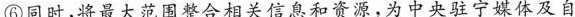
⑥同时，将最大范围整合相关信息和资源，为中央驻宁媒体及自